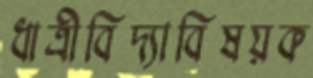
ধাত্রীবিদ্যাবিষয়ক